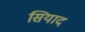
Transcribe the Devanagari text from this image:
सियाद